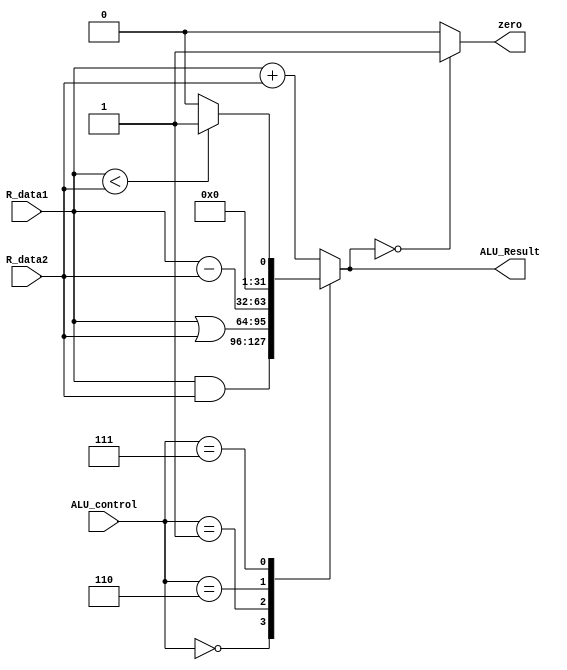
module ALU_Main( input [31:0] R_data1,
  input [31:0] R_data2,
  input [2:0] ALU_control,
  output reg [31:0] ALU_Result,
  output reg zero
);
     always @(*)
  begin
    case(ALU_control)
      3'b000: ALU_Result = R_data1 & R_data2;
      3'b001: ALU_Result = R_data1 | R_data2;
      3'b010: ALU_Result = R_data1 + R_data2;
      3'b110: ALU_Result = R_data1 - R_data2;
      3'b111: ALU_Result = (R_data1 < R_data2) ? 32'd1 : 32'd0;
      default: ALU_Result = R_data1 + R_data2;
    endcase

    zero = (ALU_Result == 0)? 1'b1: 1'b0; 
  end
endmodule